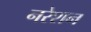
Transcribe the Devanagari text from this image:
नरेशन